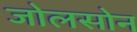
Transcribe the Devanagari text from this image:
जोलसोन